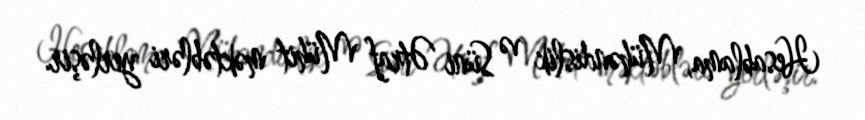
Hesablama, Mühəndislik və Süni Ətraf Mühit məktəbləri yerləşir.